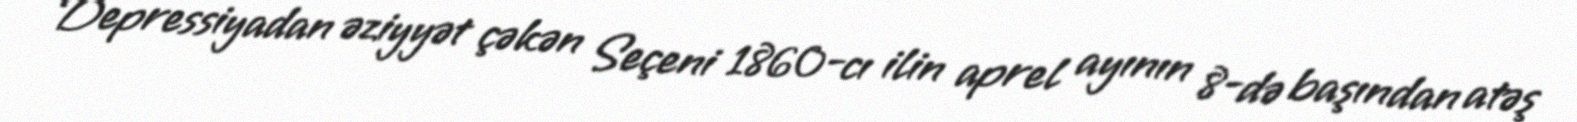
Depressiyadan əziyyət çəkən Seçeni 1860-cı ilin aprel ayının 8-də başından atəş